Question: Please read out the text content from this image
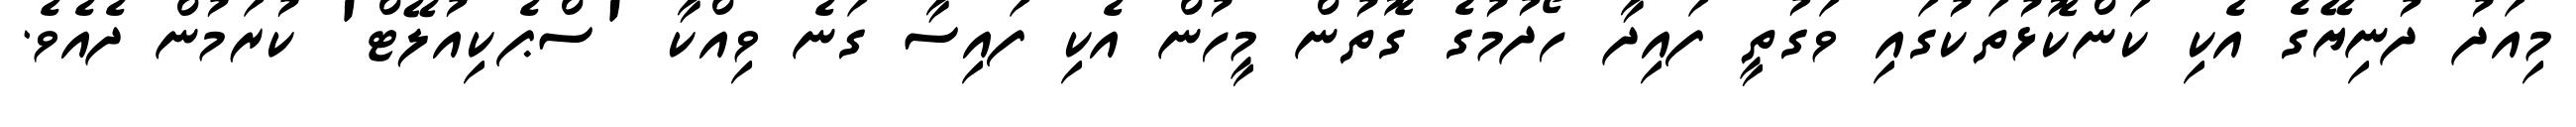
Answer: މިއަދު ދުނިޔޭގެ އެކި ކަންކޮޅުތަކުގައި ވަގުތީ ފައިދާ ހޯދުމުގެ ގޮތުން މީހުން އެކި ފައިސާ ގަނެ ވިއްކާ 'ސްޕެކިއުލޭޓް' ކުރަމުން ދެއެވެ.